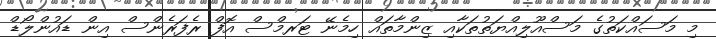
މި މަސައްކަތުގެ މަސްއޫލިއްޔަތުތަކާއި ޒިންމާތައް ހިމެނޭ ޓަރމްސް އޮފް ރެފަރެންސް އިން ޑައުންލޯޑް